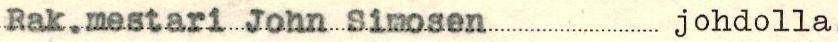
Rak.mestari John Simosen johdolla